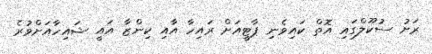
ރަށު ސުކޫލްގައި އޮތް ކައިވެނި ޕާޓީއަށް ރައިހާ އާއި ކިންޒާ އައީ ޝައިހާއަށްވުރެ